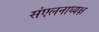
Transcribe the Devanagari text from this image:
संएलनाध्यक्ष